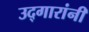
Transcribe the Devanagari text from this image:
उद्गारांनी